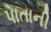
પાતાની